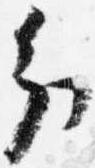
分